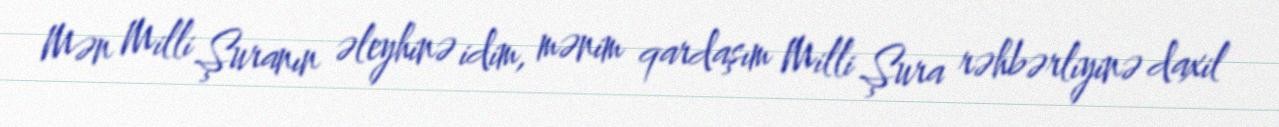
Mən Milli Şuranın əleyhinə idim, mənim qardaşım Milli Şura rəhbərliyinə daxil